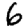
Digit: 6